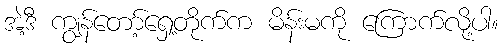
အဲ့ဒီ ကျွန်တော့်ရှေ့တိုက်က မိန်းမကို ကြောက်လို့ပါ။